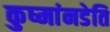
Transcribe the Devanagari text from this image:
कुष्मांनडेति